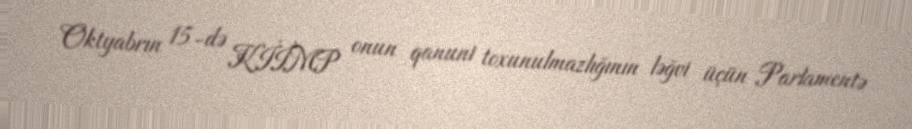
Oktyabrın 15-də KİİMP onun qanuni toxunulmazlığının ləğvi üçün Parlamentə